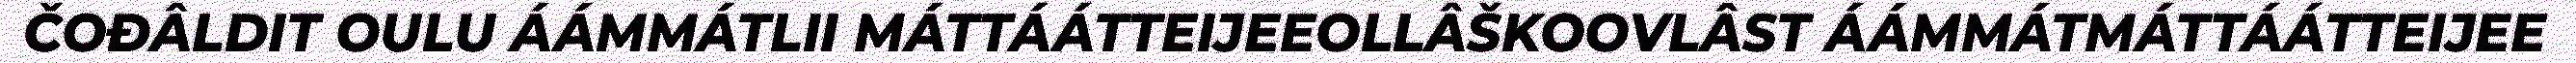
ČOĐÂLDIT OULU ÁÁMMÁTLII MÁTTÁÁTTEIJEEOLLÂŠKOOVLÂST ÁÁMMÁTMÁTTÁÁTTEIJEE